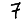
Digit: 7